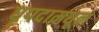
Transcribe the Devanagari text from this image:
धृपदामधून